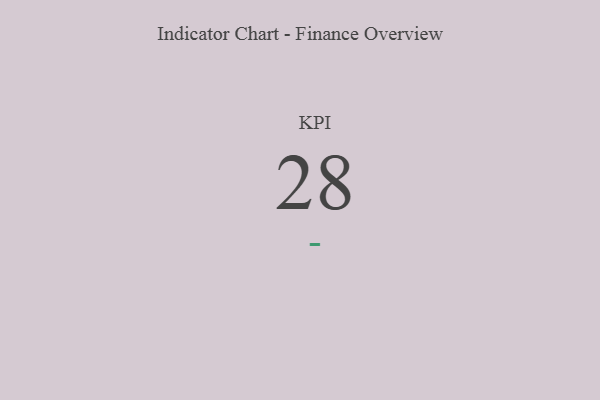
{"axis": {"x": "KPI", "y": "Value"}, "legend": [""], "data": [{"x": "KPI", "y": 28, "type": ""}]}